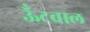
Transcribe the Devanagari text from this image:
ऊँटवाल